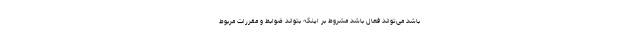
باشد می‌تواند فعال باشد مشروط بر اینکه بتواند ضوابط و مقررات مربوط